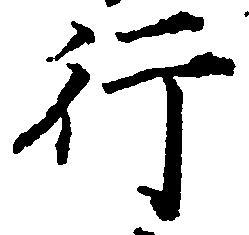
行